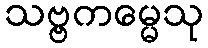
သဗ္ဗကမ္မေသု